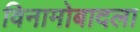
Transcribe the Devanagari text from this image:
विनामोबादला